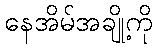
နေအိမ်အချို့ကို